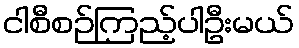
ငါစီစဉ်ကြည့်ပါဦးမယ်